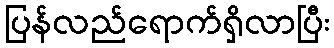
ပြန်လည်ရောက်ရှိလာပြီး